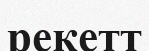
рекетт